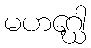
မဟဂ္ဃေါ